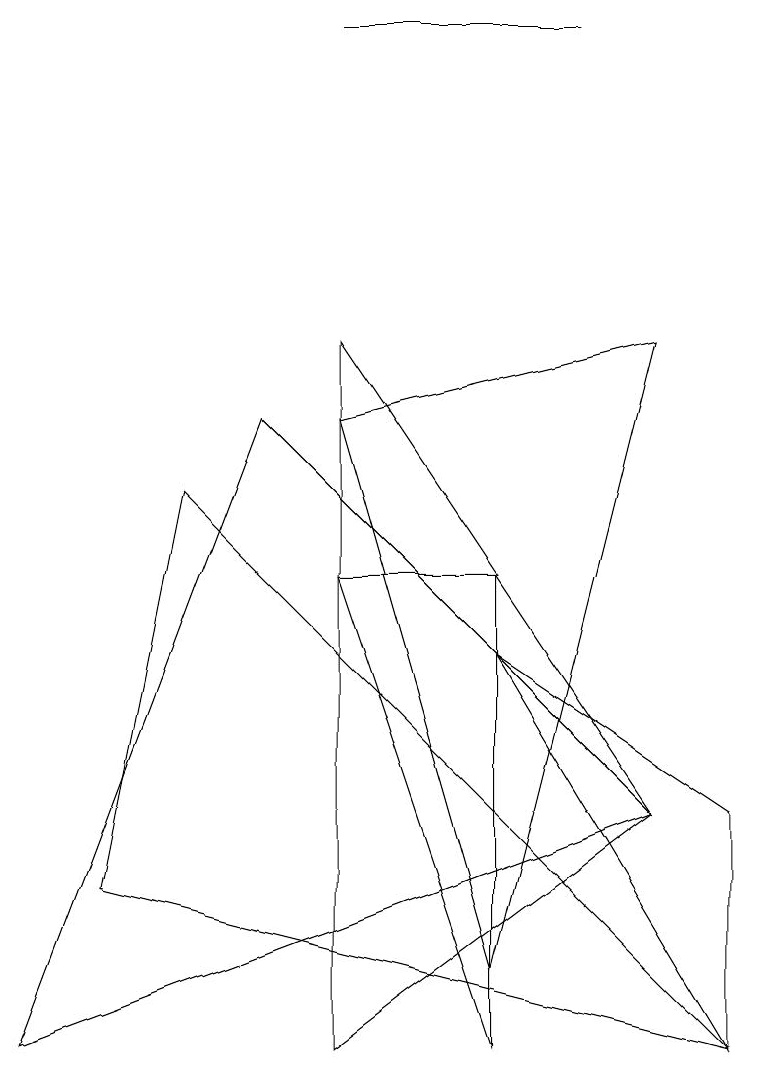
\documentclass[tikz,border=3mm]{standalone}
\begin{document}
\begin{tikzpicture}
\draw (9,0) -- (1,2) -- (2,7) -- cycle;
\draw (4,6) -- (6,6) -- (6,0) -- cycle;
\draw (4,9) -- (8,3) -- (4,0) -- cycle;
\draw (7,13) rectangle (4,13);
\draw (9,0) -- (9,3) -- (6,5) -- cycle;
\draw (8,3) -- (3,8) -- (0,0) -- cycle;
\draw (8,9) -- (6,1) -- (4,8) -- cycle;
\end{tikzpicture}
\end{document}